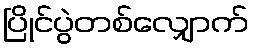
ပြိုင်ပွဲတစ်လျှောက်